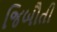
જિબૌતી